NAE_EAA_P-553_Koit_kolhoos, lk 13
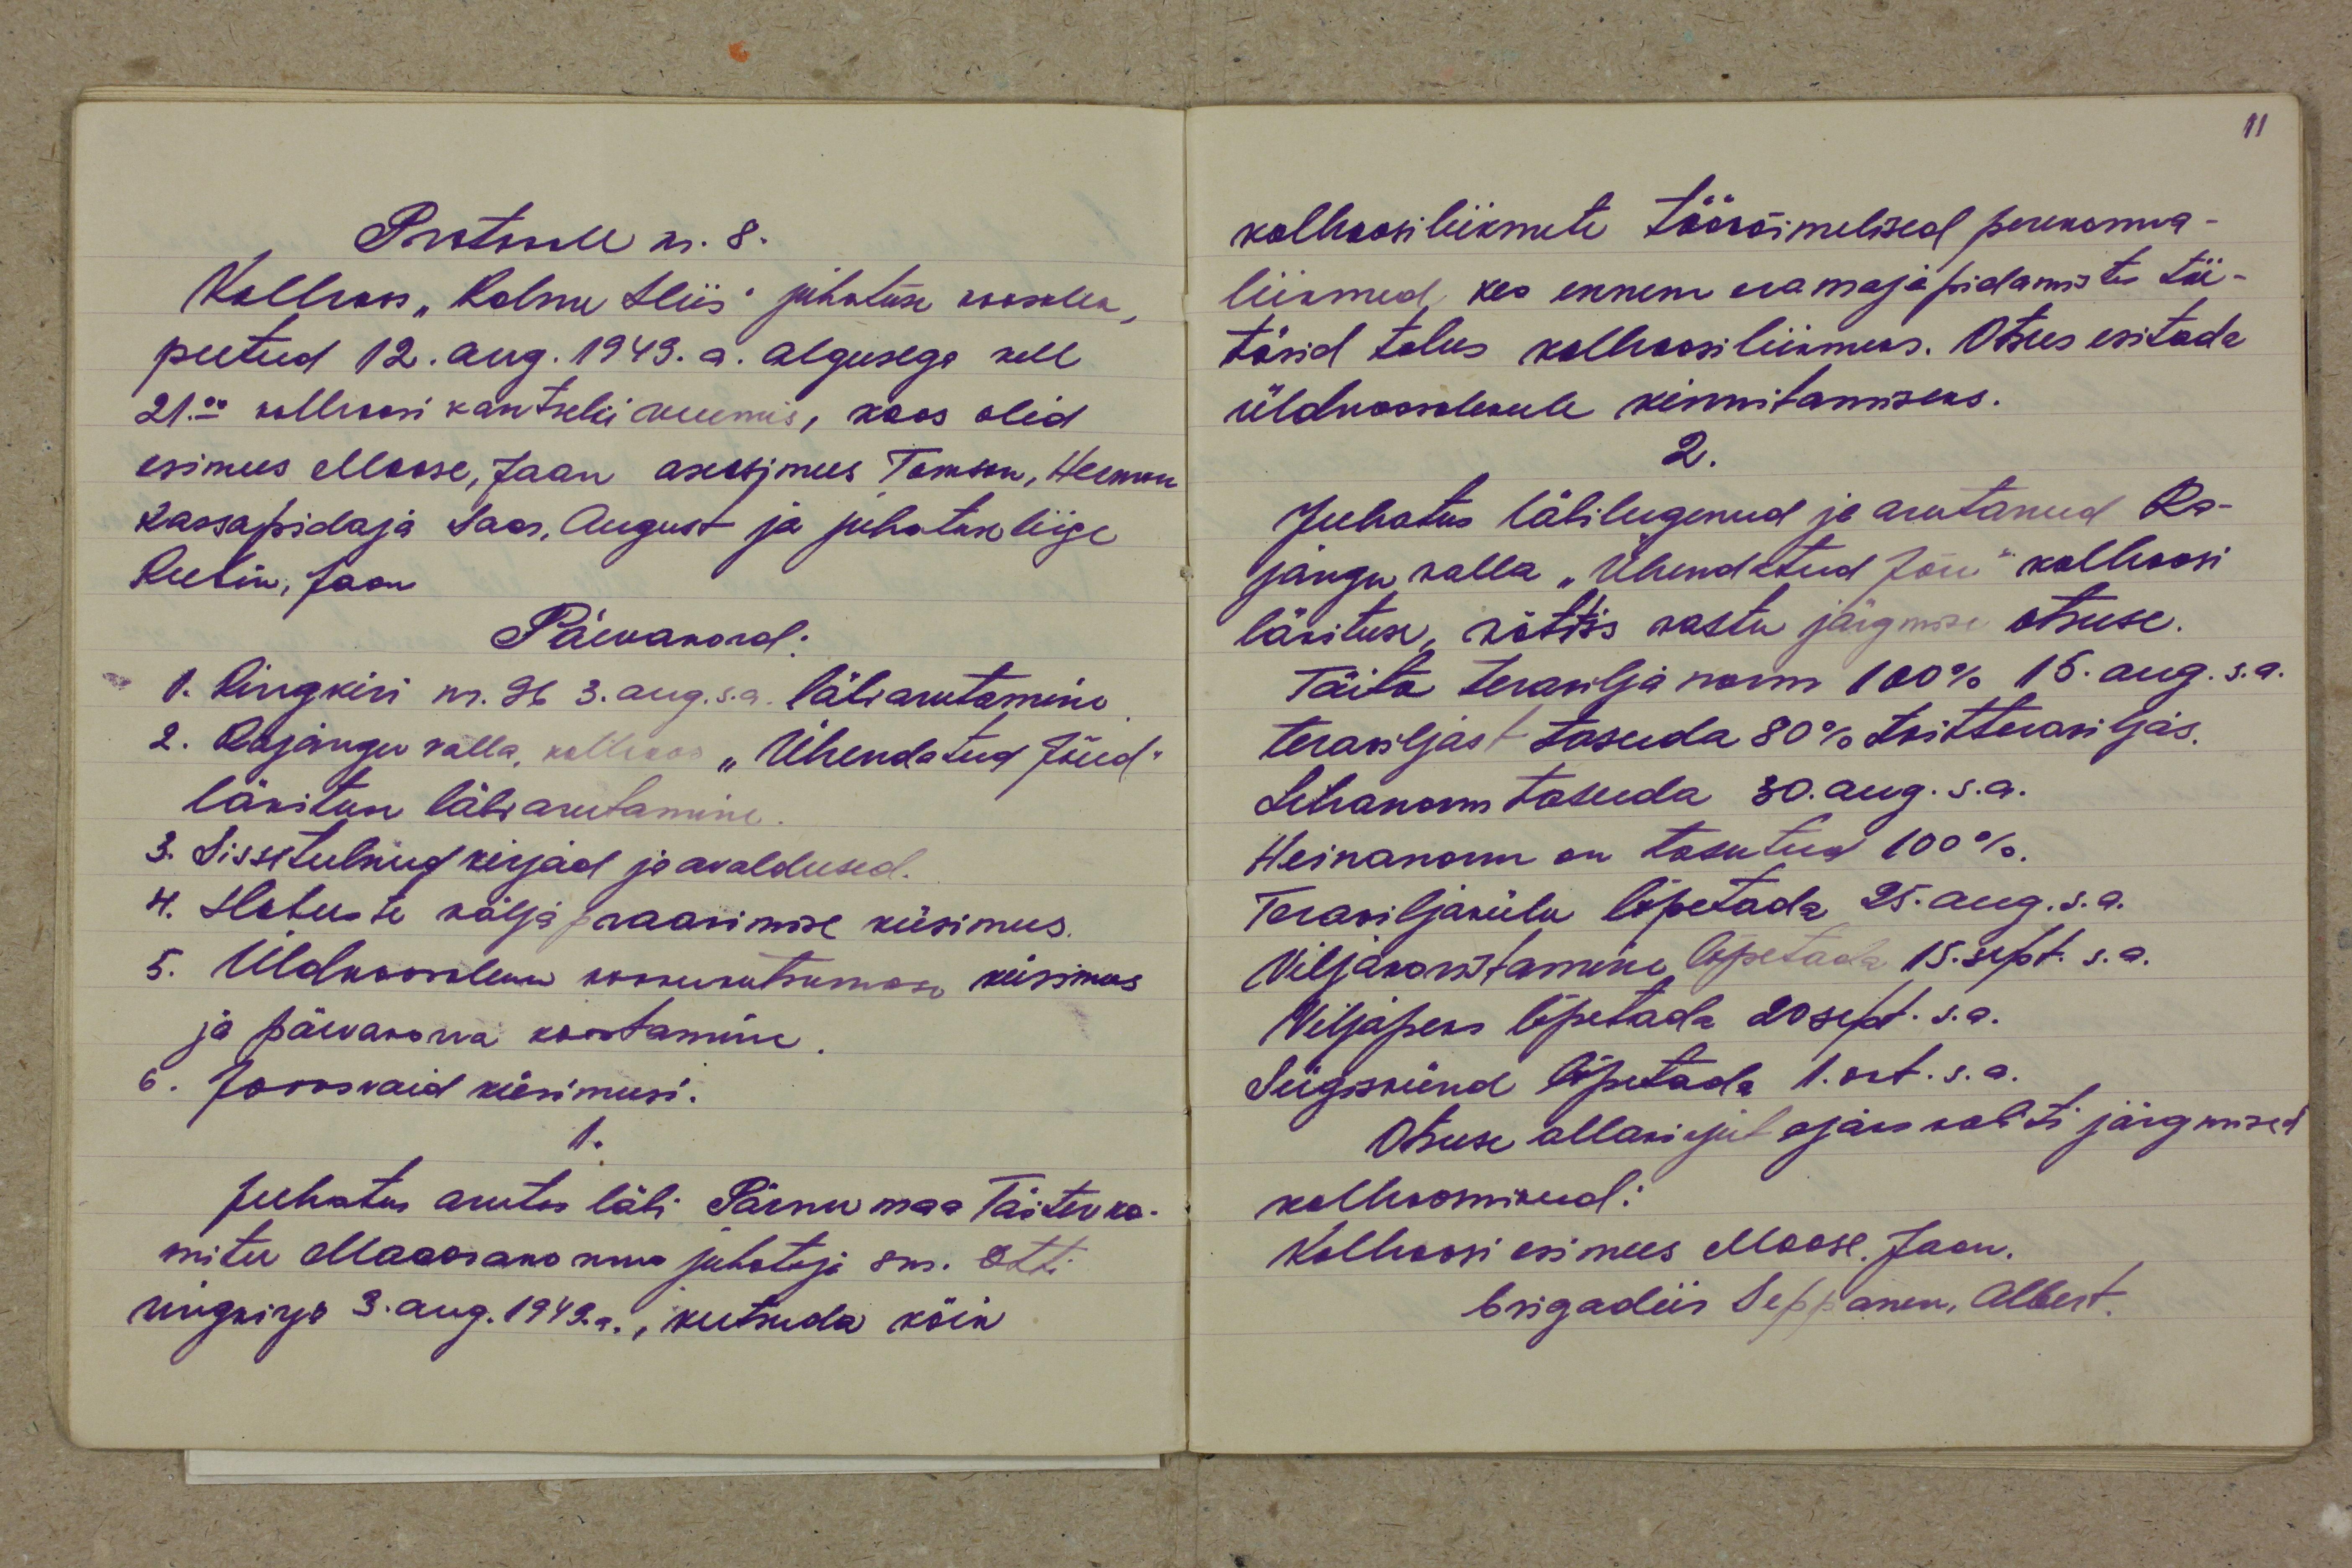
Protokoll nr. 8.
Kolhoos "Kalmu Hiis" juhatuse koosolek,
peetud 12. aug. 1949. a. algusega kell
21.00 kolhoosi kantselei ruumis, koos olid
esimees Moose, Jaan asesimees Tomson, Herman
kassapidaja Saar, August ja juhatas liige
Rubin, Jaan
Päevakord:
1. Ringkiri nr. 96 3. aug. s.a. läbiarutamine
2. Rajangu valla, kolhoos "Ühendatud Jõud"
läkitus läbiarutamine.
3. Sissetulnud kirjad ja avaldused.
4. Hobuste väljapraakimise küsimus.
5. Üldkoosoleku kokkukutsumise küsimus
ja päevakorra koostamine.
6. Joosvaid küsimusi.
1.
Juhatus arutas läbi Pärnumaa Täitevko-
mitee Maaosakonna juhataja sm. Otti
ringkirja 3. aug. 1949. a., kutsuda kõik

kolhoosiliikmete töövõimelised perekonna-
liikmed, kes ennem eramajapidamistes töö-
täsid talus kolhoosiliikmeks. Otsus esitada
üldkoosolekule kinnitamiseks.
2.
Juhatus läbilugenud ja arutanud Ra-
jangu valla "Ühendatud Jõu" kolhoosi
läkituse, võttis vastu järgmise otsuse.
Täita teravilja norm 100%15. aug. s.a.
teraviljast tasuda 80% toitteraviljas.
Lihanorm tasuda 30 aug. s.a.
Heinanorm on tasutus 100%.
Teraviljakülv lõpetada 25. aug. s.a.
Viljakoristamine lõpetada 15. sept. s.a.
Viljapeks lõpetada 20 sept. s.a.
Sügiskünd lõpetada 1. okt. s.a.
Otsuse allakirjutajaks valiti järgmised
kolhoosnikud:
Kolhoosi esimees Moose, Jaan.
brigadiir Seppanen, Albert.